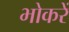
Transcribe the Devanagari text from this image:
भोकरें